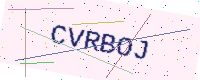
Text: CVRBOJ